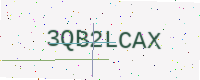
Text: 3QB2LCAX